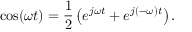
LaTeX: \cos ( \omega t ) = { \frac { 1 } { 2 } } \left( e ^ { j \omega t } + e ^ { j ( - \omega ) t } \right) .